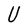
Character: U